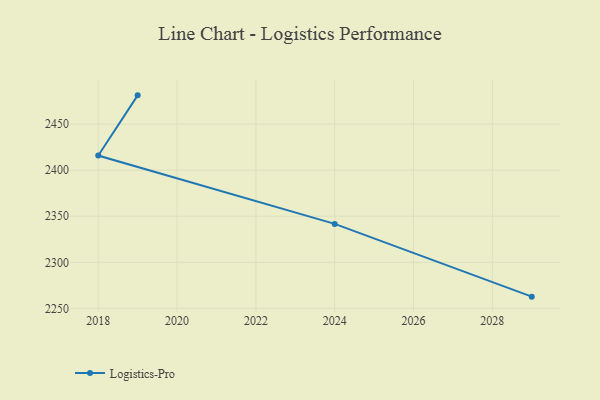
{"axis": {"x": "Year", "y": "Revenue (USD Million)"}, "legend": ["Logistics-Pro"], "data": [{"x": "2019", "y": 2481.3, "type": "Logistics-Pro"}, {"x": "2018", "y": 2415.9, "type": "Logistics-Pro"}, {"x": "2024", "y": 2341.7, "type": "Logistics-Pro"}, {"x": "2029", "y": 2262.7, "type": "Logistics-Pro"}]}